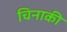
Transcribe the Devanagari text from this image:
चिनाकी